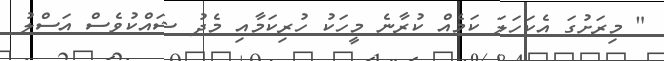
" މިރަށުގަ އެކަހަލަ ކަމެއް ކުރާނެ މީހަކު ހުރިކަމާއި މެދު ޝައްކުވެސް އަސްލު